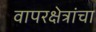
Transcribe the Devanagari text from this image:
वापरक्षेत्रांचा